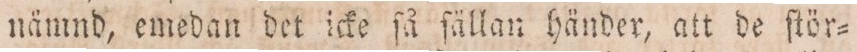
nämnd, emedan det icke ſå fällan händer, att de ſtör=